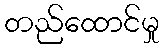
တည်ထောင်မှု